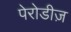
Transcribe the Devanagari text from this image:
पेरोडीज़